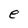
Character: e